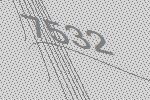
7532